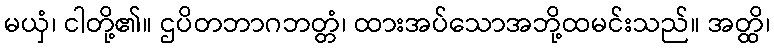
မယှံ၊ ငါတို့၏။ ဌပိတဘာဂဘတ္တံ၊ ထားအပ်သောအဘို့ထမင်းသည်။ အတ္ထိ၊